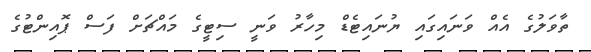
ތާވަލުގެ އެއް ވަނައިގައި ޔުނައިޓެޑް މިހާރު ވަނީ ސިޓީގެ މައްޗަށް ފަސް ޕޮއިންޓުގެ